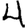
Digit: 4